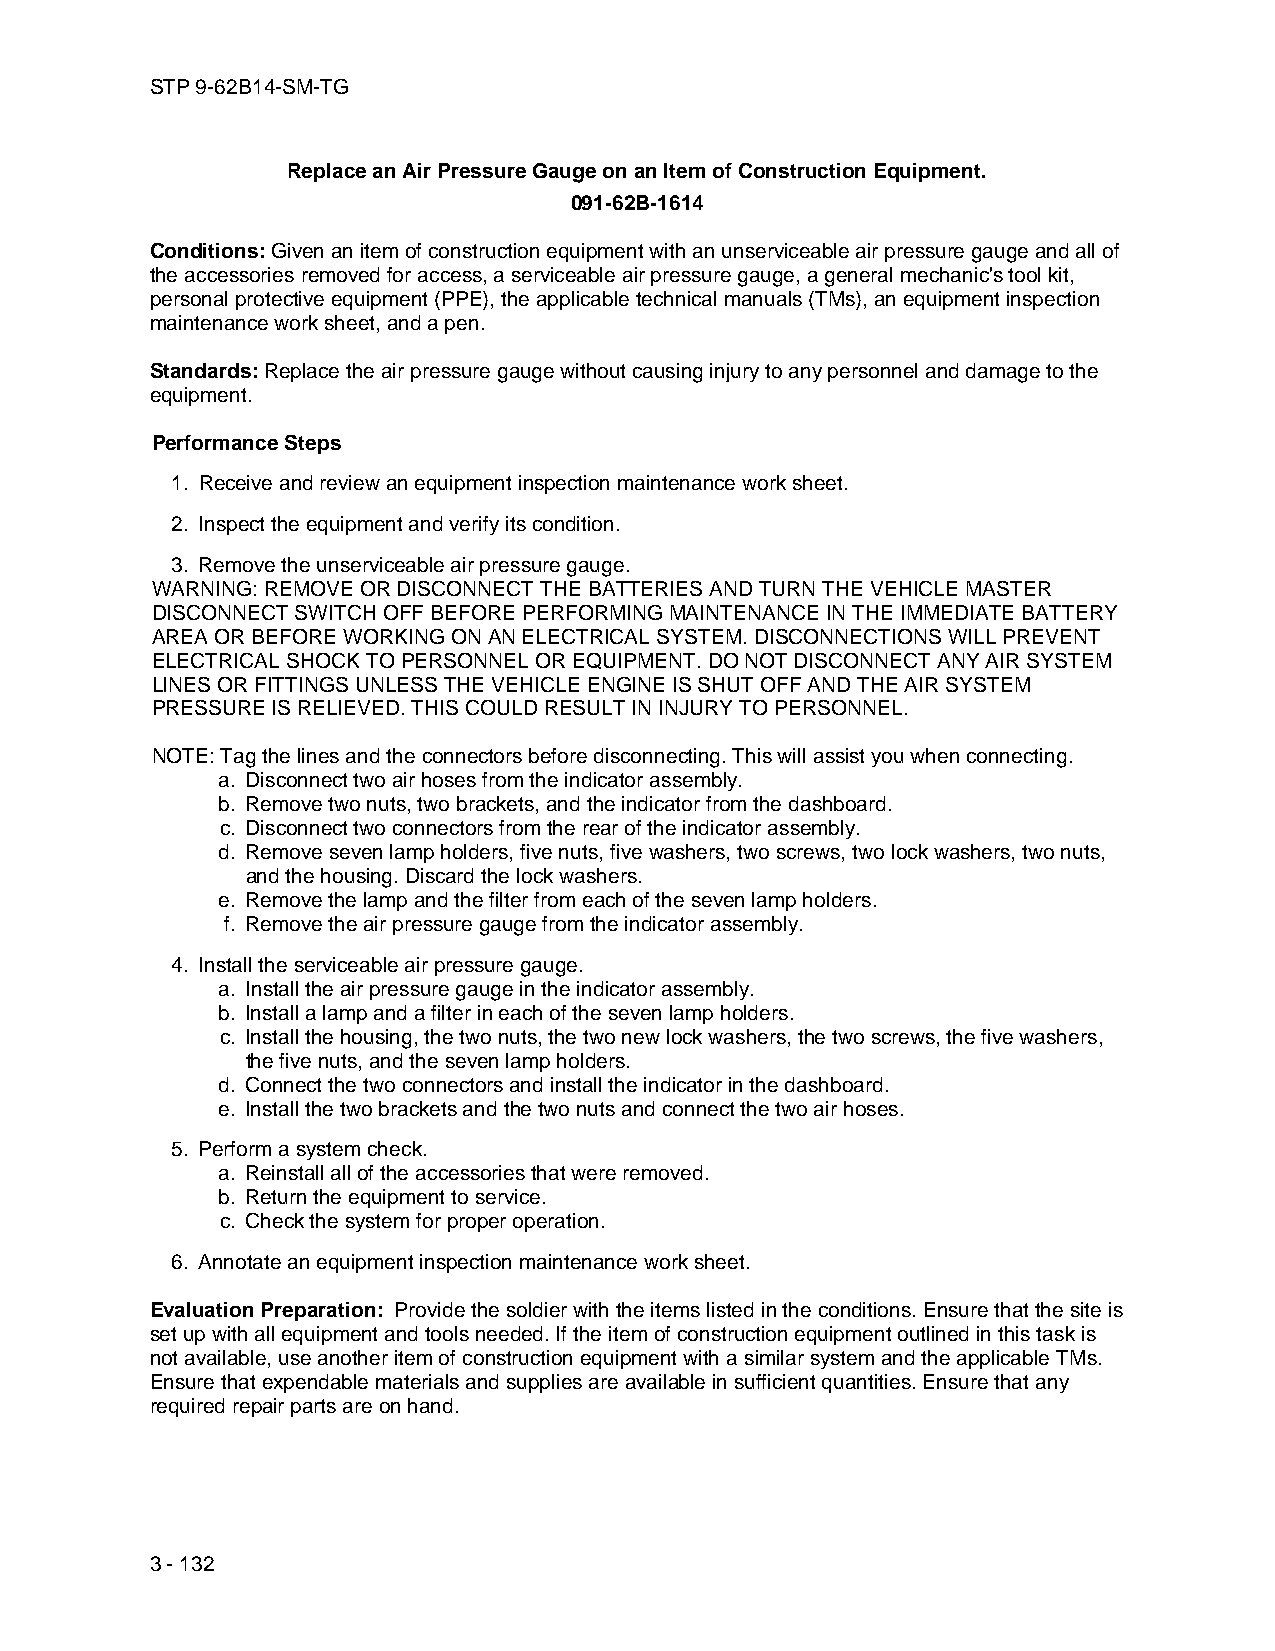
STP 9-62B14-SM-TG
 Replace an Air Pressure Gauge on an Item of Construction Equipment.
 091-62B-1614
 Conditions: Given an item of construction equipment with an unserviceable air pressure gauge and all of
 the accessories removed for access, a serviceable air pressure gauge, a general mechanic's tool kit,
 personal protective equipment (PPE), the applicable technical manuals (TMs), an equipment inspection
 maintenance work sheet, and a pen.
 Standards: Replace the air pressure gauge without causing injury to any personnel and damage to the
 equipment.
 Performance Steps
 1. Receive and review an equipment inspection maintenance work sheet.
 2. Inspect the equipment and verify its condition.
 3. Remove the unserviceable air pressure gauge.
 WARNING: REMOVE OR DISCONNECT THE BATTERIES AND TURN THE VEHICLE MASTER
 DISCONNECT SWITCH OFF BEFORE PERFORMING MAINTENANCE IN THE IMMEDIATE BATTERY
 AREA OR BEFORE WORKING ON AN ELECTRICAL SYSTEM. DISCONNECTIONS WILL PREVENT
 ELECTRICAL SHOCK TO PERSONNEL OR EQUIPMENT. DO NOT DISCONNECT ANY AIR SYSTEM
 LINES OR FITTINGS UNLESS THE VEHICLE ENGINE IS SHUT OFF AND THE AIR SYSTEM
 PRESSURE IS RELIEVED. THIS COULD RESULT IN INJURY TO PERSONNEL.
 NOTE: Tag the lines and the connectors before disconnecting. This will assist you when connecting.
 a. Disconnect two air hoses from the indicator assembly.
 b. Remove two nuts, two brackets, and the indicator from the dashboard.
 c. Disconnect two connectors from the rear of the indicator assembly.
 d. Remove seven lamp holders, five nuts, five washers, two screws, two lock washers, two nuts,
 and the housing. Discard the lock washers.
 e. Remove the lamp and the filter from each of the seven lamp holders.
 f. Remove the air pressure gauge from the indicator assembly.
 4. Install the serviceable air pressure gauge.
 a. Install the air pressure gauge in the indicator assembly.
 b. Install a lamp and a filter in each of the seven lamp holders.
 c. Install the housing, the two nuts, the two new lock washers, the two screws, the five washers,
 the five nuts, and the seven lamp holders.
 d. Connect the two connectors and install the indicator in the dashboard.
 e. Install the two brackets and the two nuts and connect the two air hoses.
 5. Perform a system check.
 a. Reinstall all of the accessories that were removed.
 b. Return the equipment to service.
 c. Check the system for proper operation.
 6. Annotate an equipment inspection maintenance work sheet.
 Evaluation Preparation: Provide the soldier with the items listed in the conditions. Ensure that the site is
 set up with all equipment and tools needed. If the item of construction equipment outlined in this task is
 not available, use another item of construction equipment with a similar system and the applicable TMs.
 Ensure that expendable materials and supplies are available in sufficient quantities. Ensure that any
 required repair parts are on hand.
 3 - 132